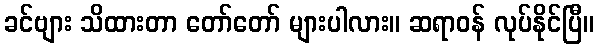
ခင်ဗျား သိထားတာ တော်တော် များပါလား။ ဆရာဝန် လုပ်နိုင်ပြီ။